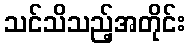
သင်သိသည့်အတိုင်း